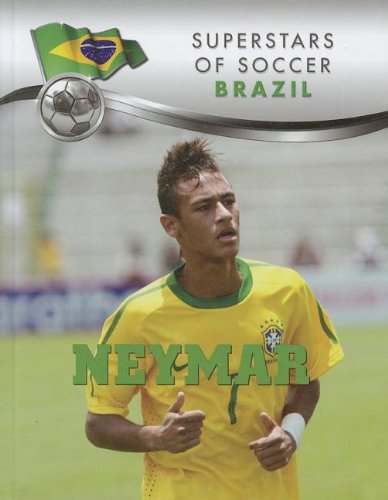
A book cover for Neymar (Superstars of Soccer: Brazil); Thiago Jorge Teixeira; Children's Books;